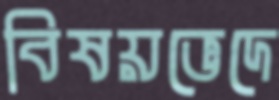
বিষয়ভেদে